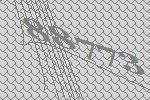
88773